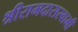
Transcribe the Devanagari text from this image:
श्रीरामदासस्वामी